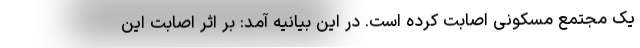
یک مجتمع مسکونی اصابت کرده است. در این بیانیه آمد: بر اثر اصابت این